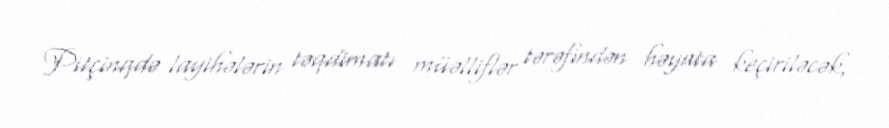
Pitçinqdə layihələrin təqdimatı müəlliflər tərəfindən həyata keçiriləcək,